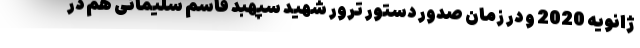
ژانویه 2020 و در زمان صدور دستور ترور شهید سپهبد قاسم سلیمانی هم در